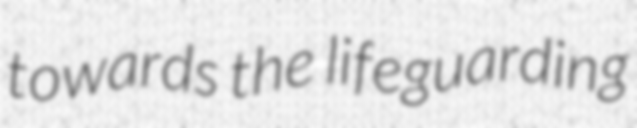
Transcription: towards the lifeguarding